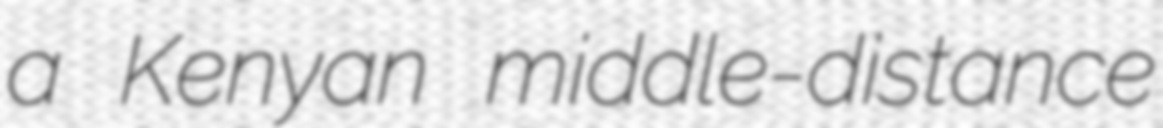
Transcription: a Kenyan middle-distance